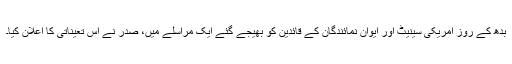
بدھ کے روز امریکی سینیٹ اور ایوان نمائندگان کے قائدین کو بھیجے گئے ایک مراسلے میں، صدر نے اِس تعیناتی کا اعلان کیا۔